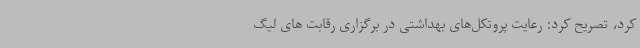
کرد، تصریح کرد: رعایت پروتکل‌های بهداشتی در برگزاری رقابت های لیگ